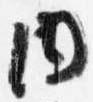
内